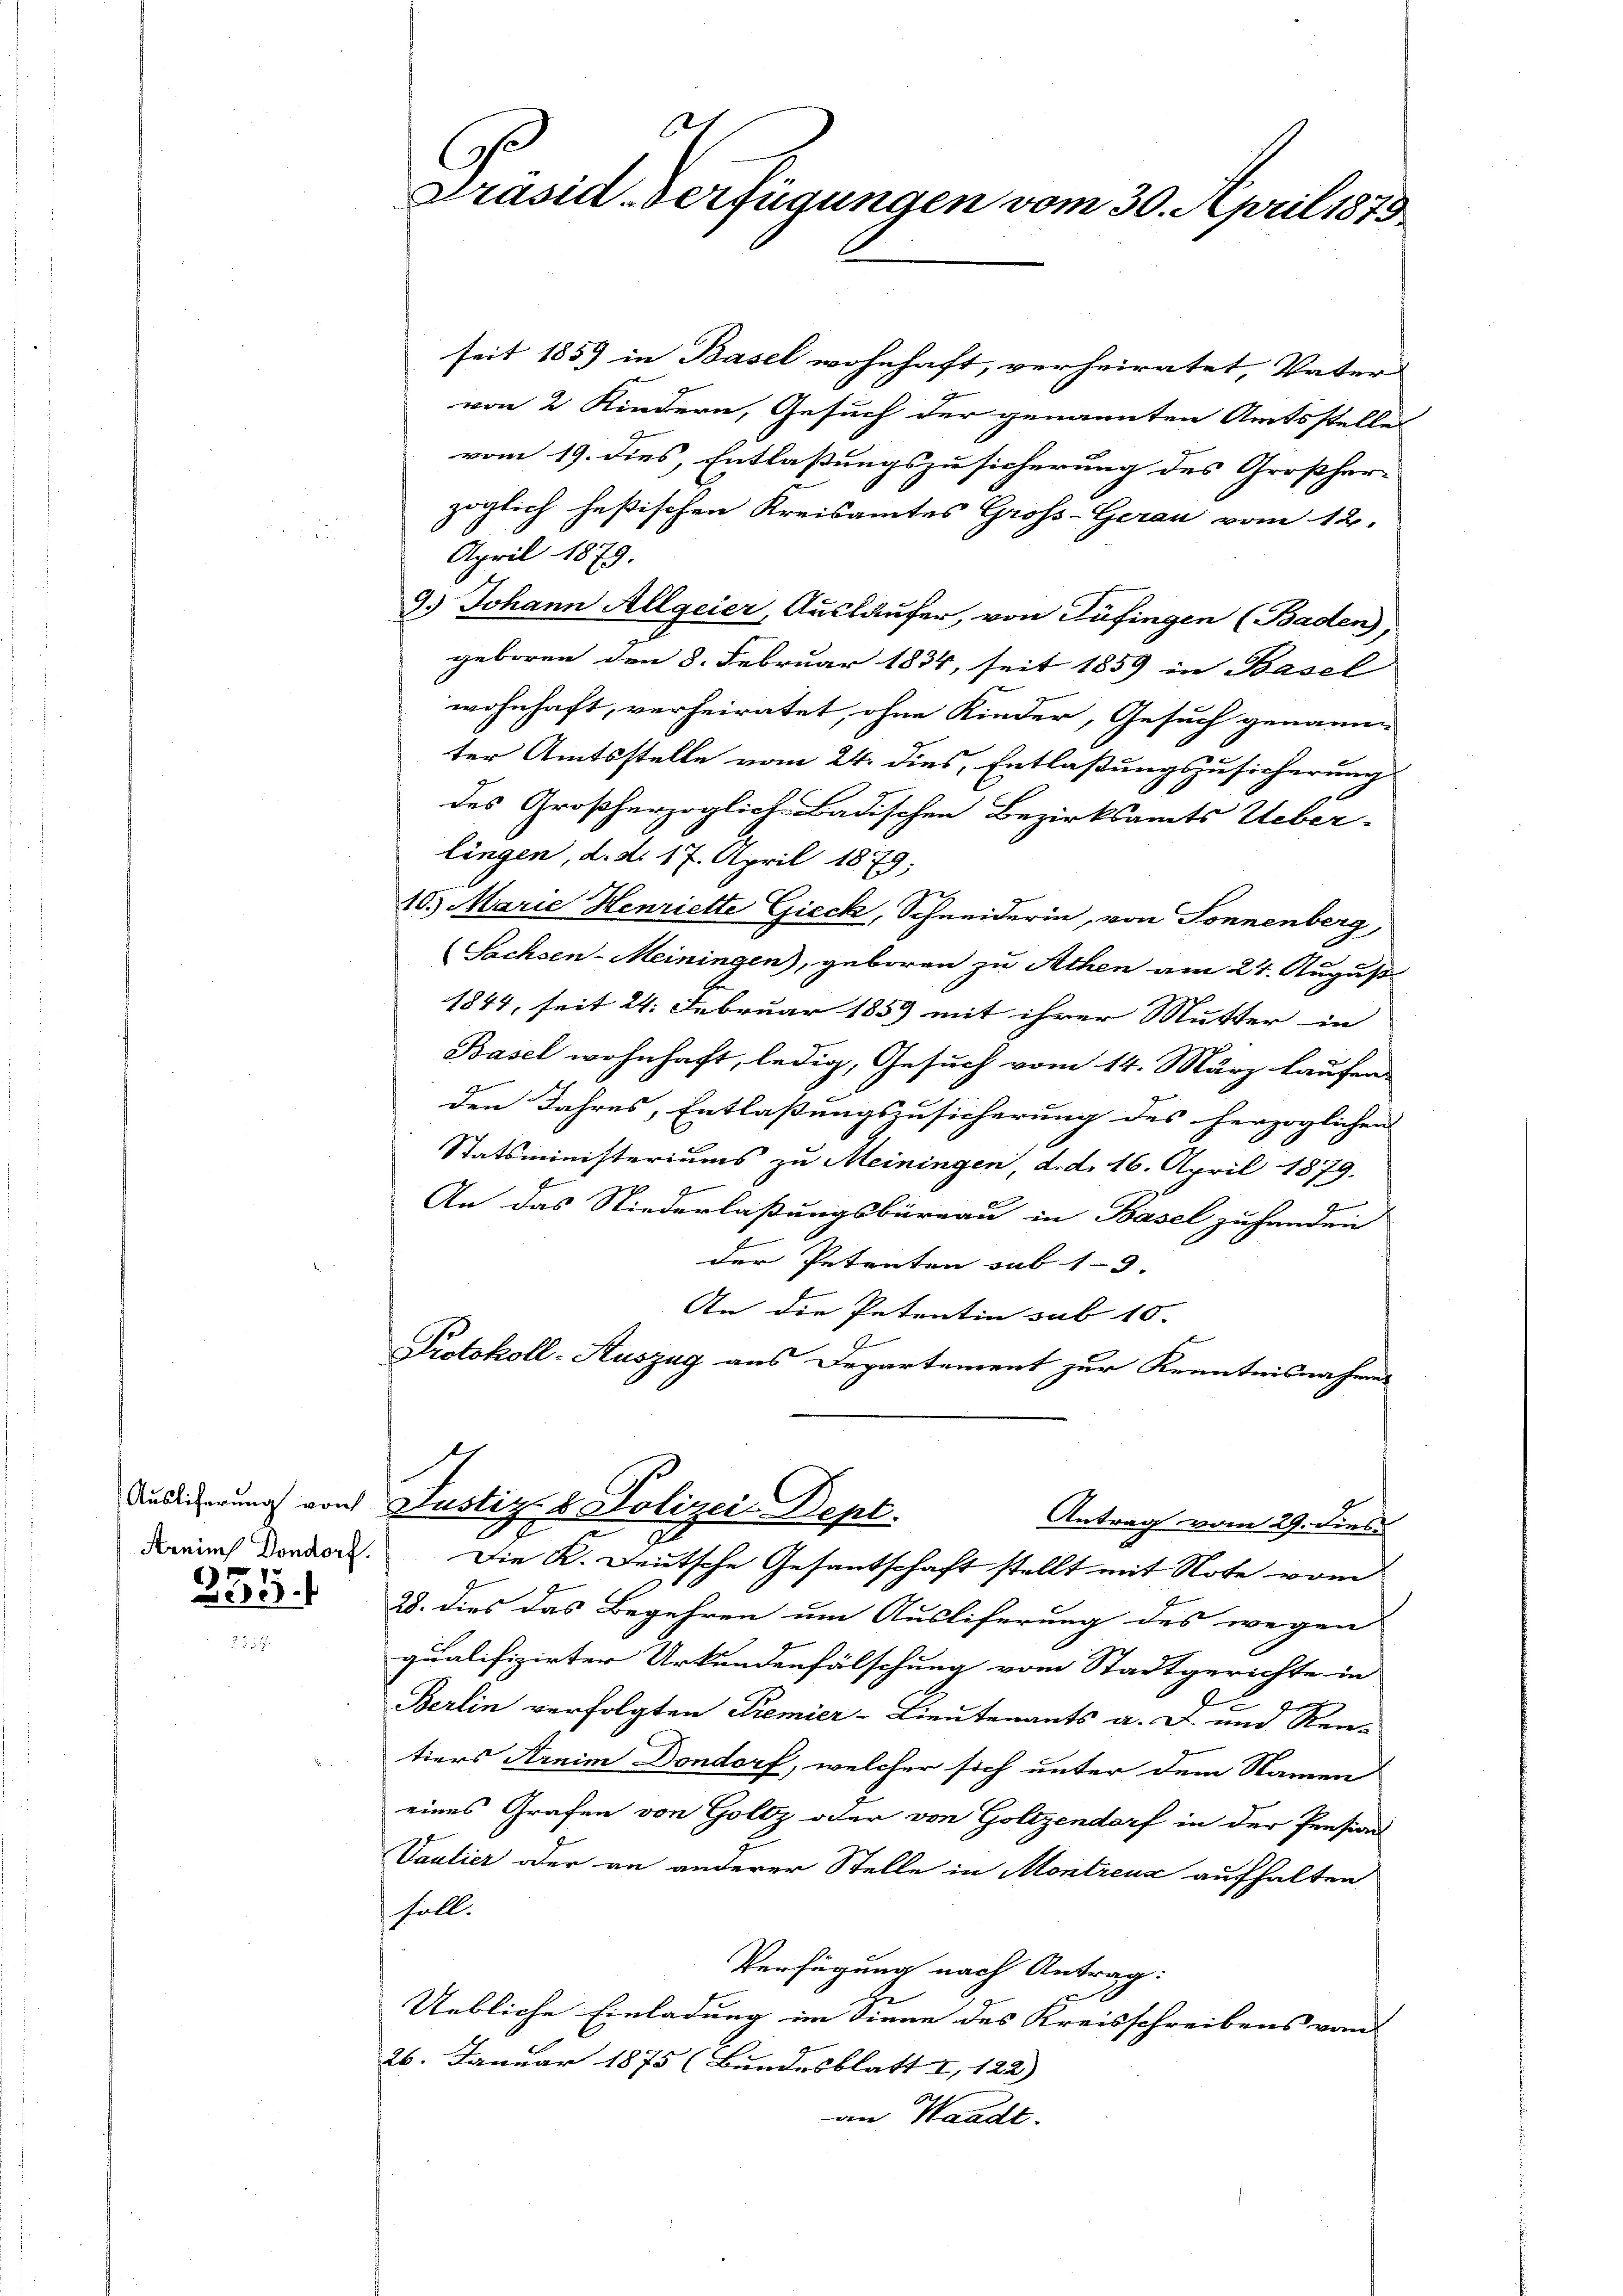
Auslieferung von

255.

seit 1859 in Basel wohnhaft, verheiratet, Vater
von 2 Kindern, Gesuch der genannten Amtsstelles
vom 19. dies, Entlassungszusicherung des Großher-
zöglich heßischen Kreisamtes Gross-Gerau vom 12.
April 1879.
9.) Johann Allgeier, Ausläufer, von Tüfingen (Baden,
geboren den 8. Februar 1834, seit 1859 in Basel
wohnhaft, verheiratet, ohne Kinder, Gesuch genannen
ter Amtsstelle vom 24. dies, Entlaßungszusicherung
des Großherzoglich-Badischen Bezirksamts Ueber-
lingen, d. d. 17. April 1879;
10. Marie Henriette Gieck, Schneiderin, von Sonnenberg,
Sachsen-Meiningen), geboren zu Athen am 24. August
1844, seit 24. Februar 185) mit ihrer Mutter in |
Basel wohnhaft, ledig, Gesuch vom 14. März laufen
den Jahres, Entlaßungszusicherung des herzoglichen
Statsministeriums zu Meiningen, d. d. 16. April 1879.
.
An das Niederlassungsbüreau in Basel zu handen
der Petenten sub 1-3. |
An die Petentin sub 10.
Protokoll-Auszug aus Departement zur Kenntnisnahmen

.
C
Präsid. Verfügungen vom 30. April 1879

Justiz & Polizei- Bept.
Antrag vom 29. dies

dauch Dord. Die K. Deutsche Gesantschaft stellt mit Note vom
28. dies das Begehren um Ausliferung des wegen
qualifizirter Urkundenfälschung vom Stadtgerichte in
4
Berlin verfolgten Premier-Lieutenants a. D. und Rei-
tiers Arnim Dondorf, welcher sich unter dem Namen
eines Grafen von Goltz oder von Goltzendorf in der Pension
Vautier oder an anderer Stelle in Montreux aufhalten
soll.
Verfügung nach Antrag:
Uebliche Einladung im Sinne des Kreisschreibens vom
26. Januar 1875 (Bundesblatt I 122) |
an Waadt.